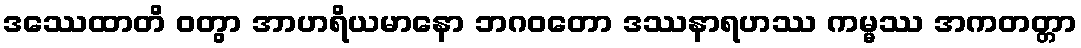
ဒဿေထာတိ ဝတွာ အာဟရိယမာနော ဘဂဝတော ဒဿနာရဟဿ ကမ္မဿ အကတတ္တာ